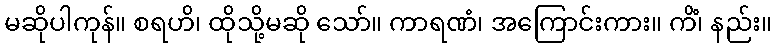
မဆိုပါကုန်။ စရဟိ၊ ထိုသို့မဆို သော်။ ကာရဏံ၊ အကြောင်းကား။ ကိံ၊ နည်း။